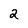
Character: 2